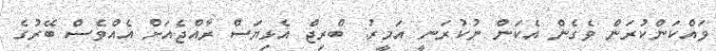
ވައްކަންކުރަން ވެގެން އެކަން ނުކުރަނީ އަމީރު: ބްރިޖް އެޅިޔަސް ރާއްޖެއަށް އެއްވެސް ބޭރުގެ